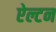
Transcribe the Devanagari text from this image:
ऐल्टन